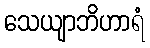
သေယျာဘိဟာရံ